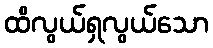
ထိလွယ်ရှလွယ်သော